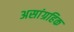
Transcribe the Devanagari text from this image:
असांग्रहिक